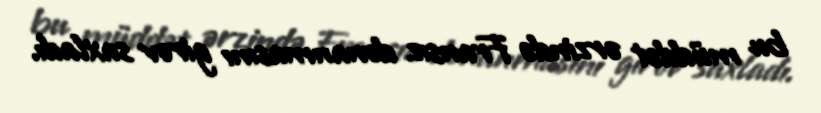
bu müddət ərzində Fransız donanmasını girov saxladı.